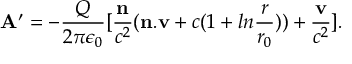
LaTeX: { \bf A } ^ { \prime } = - { \frac { Q } { 2 \pi \epsilon _ { 0 } } } [ { \frac { \bf n } { c ^ { 2 } } } ( { \bf n . v } + c ( 1 + l n { \frac { r } { r _ { 0 } } } ) ) + { \frac { \bf v } { c ^ { 2 } } } ] .